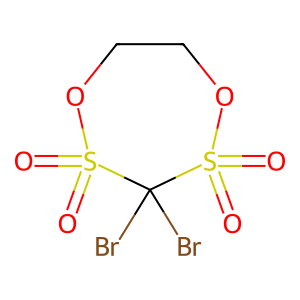
SMILES: O=S1(=O)OCCOS(=O)(=O)C1(Br)Br
Inhibits HIV replication: No